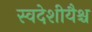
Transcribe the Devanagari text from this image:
स्वदेशीयैश्च